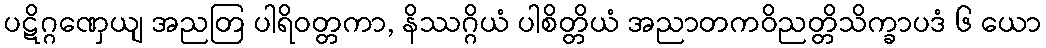
ပဋိဂ္ဂဏှေယျ အညတြ ပါရိဝတ္တကာ, နိဿဂ္ဂိယံ ပါစိတ္တိယံ အညာတကဝိညတ္တိသိက္ခာပဒံ ၆ ယော